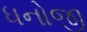
ધનોજી